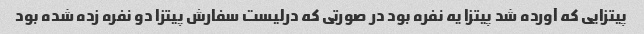
پیتزایی که آورده شد پیتزا یه نفره بود در صورتی که درلیست سفارش پیتزا دو نفره زده شده بود